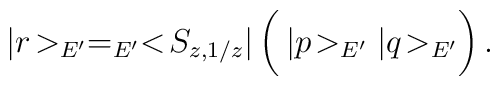
|r\!>_{E'} = _{E'}<\!S_{z,1/z}| \left (\frac{}{} |p\!>_{E'} |q\!>_{E'} \right).